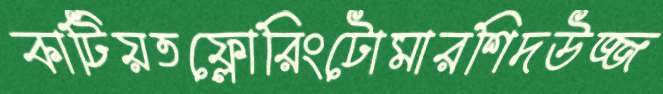
কাটিয়তফ্লোরিংটোমারশিদউজ্জ